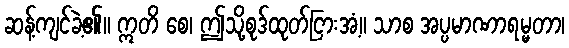
ဆန့်ကျင်ခဲ့၏။ ဣတိ စေ၊ ဤသို့စုဒ်ထုတ်ငြားအံ့။ သာစ အပ္ပမာဏာရမ္မတာ၊